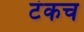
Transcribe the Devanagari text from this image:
टंकच